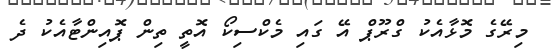
މިރޭގެ މޮޅާއެކު ގްރޫޕް އޭ ގައި މެކްސިކޯ އޮތީ ތިން ޕޮއިންޓާއެކު ދެ